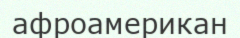
афроамерикан